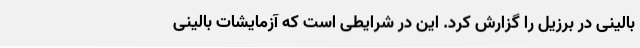
بالینی در برزیل را گزارش کرد. این در شرایطی است که آزمایشات بالینی